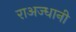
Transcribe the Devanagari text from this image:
राअज्धानी